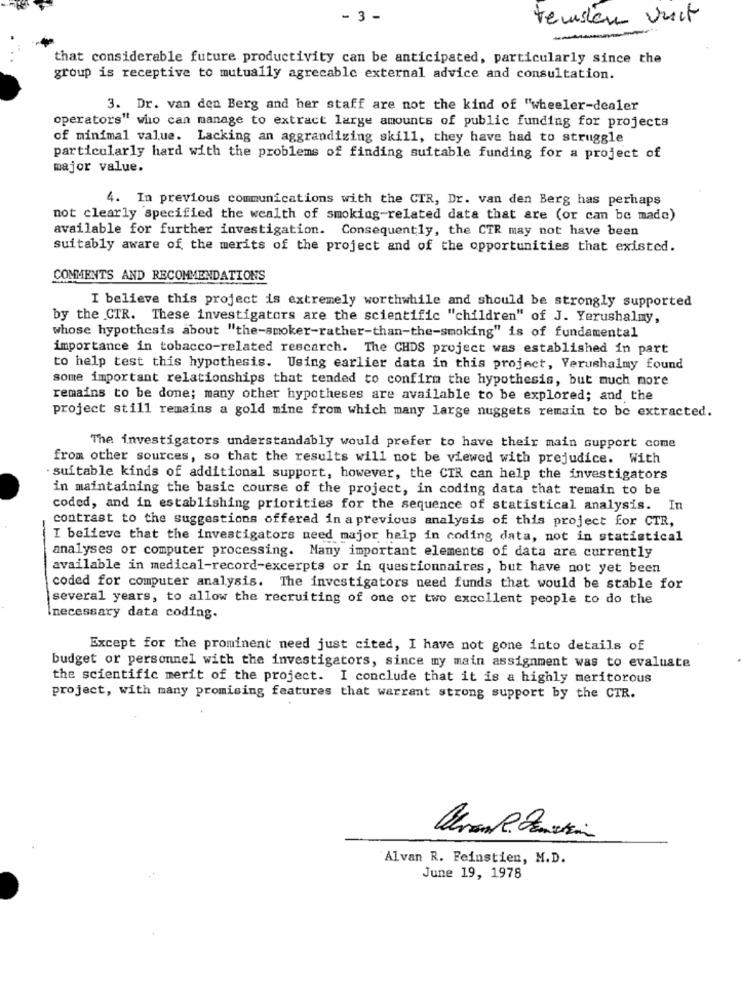
- 3 -
temsten vuit
that considerable future productivity can be anticipated, particularly since the
group is receptive to mutually agrecable external advice and consultation.
3. Dr. van den Berg and her staff are not the kind of "wheeler-dealer
operators" who can manage to extract large amounts of public funding for projects
of minimal value. Lacking an aggrandizing skill, they have had to struggle
particularly hard with the problems of finding suitable funding for a project of
major value.
4. In previous communications with the CTR, Dr. van den Berg has perhaps
not clearly specified the wealth of smoking-related data that are (or can be made)
available for further investigation. Consequently, the CTR may not have been
suitably aware of the merits of the project and of the opportunities that existed.
COMMENTS AND RECOMMENDATIONS
I believe this project is extremely worthwhile and should be strongly supported
by the CTR. These investigators are the scientific "children" of J. Yerushalmy,
whose hypothesis about "the-smoker-rather-than-the-smoking" is of fundamental
importance in tobacco-related rescarch. The CHDS project was established in part
to help test this hypothesis. Using earlier data in this project, Yerushalmy found
some important relationships that tended to confirm the hypothesis, but much more
remains to be done; many other hypotheses are available to be explored; and the
project still remains a gold mine from which many large nuggets remain to be extracted.
The investigators understandably would prefer to have their main support come
from other sources, so that the results will not be viewed with prejudice. With
suitable kinds of additional support, however, the CIR can help the investigators
in maintaining the basic course of the project, in coding data that remain to be
coded, and in establishing priorities for the sequence of statistical analysis. In
contrast to the suggestions offered in a previous analysis of this project for CTR,
I believe that the investigators need major help in coding data, not in statistical
analyses or computer processing. Many important elements of data are currently
available in medical-record-excerpts or in questionnaires, but have not yet been
coded for computer analysis. The investigators need funds that would be stable for
several years, to allow the recruiting of one or two excellent people to do the
necessary data coding.
Except for the prominent need just cited, I have not gone into details of
budget or personnel with the investigators, since my main assignment was to evaluate
the scientific merit of the project. I conclude that it is a highly meritorous
project, with many promising features that warrant strong support by the CTR.
Alvan R. Feinstien, M.D.
June 19, 1978